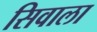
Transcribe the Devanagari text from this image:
सिवाला